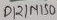
Text: D12/MISO